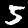
Label: 5